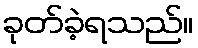
ခုတ်ခဲ့ရသည်။